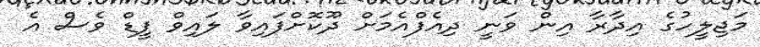
މަޖިލީހުގެ އިދާރާ އިން ވަނީ ދިއެފްއެމަށް ދޫކޮށްފައިވާ ލައިވް ފީޑް ވެސް އެ